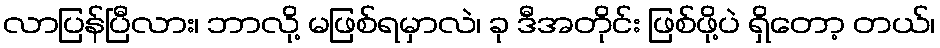
လာပြန်ပြီလား၊ ဘာလို့ မဖြစ်ရမှာလဲ၊ ခု ဒီအတိုင်း ဖြစ်ဖို့ပဲ ရှိတော့ တယ်၊